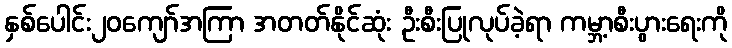
နှစ်ပေါင်း၂၀ကျော်အကြာ အတတ်နိုင်ဆုံး ဦးစီးပြုလုပ်ခဲ့ရာ ကမ္ဘာ့စီးပွားရေးကို